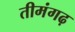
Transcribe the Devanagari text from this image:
तीमंगढ़